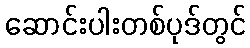
ဆောင်းပါးတစ်ပုဒ်တွင်